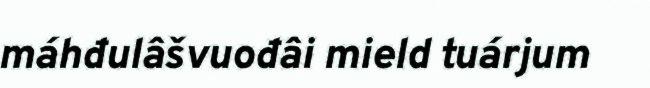
máhđulâšvuođâi mield tuárjum